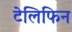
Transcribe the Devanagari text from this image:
टेलिफिन